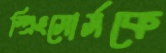
স্প্রিংসোর্সকে